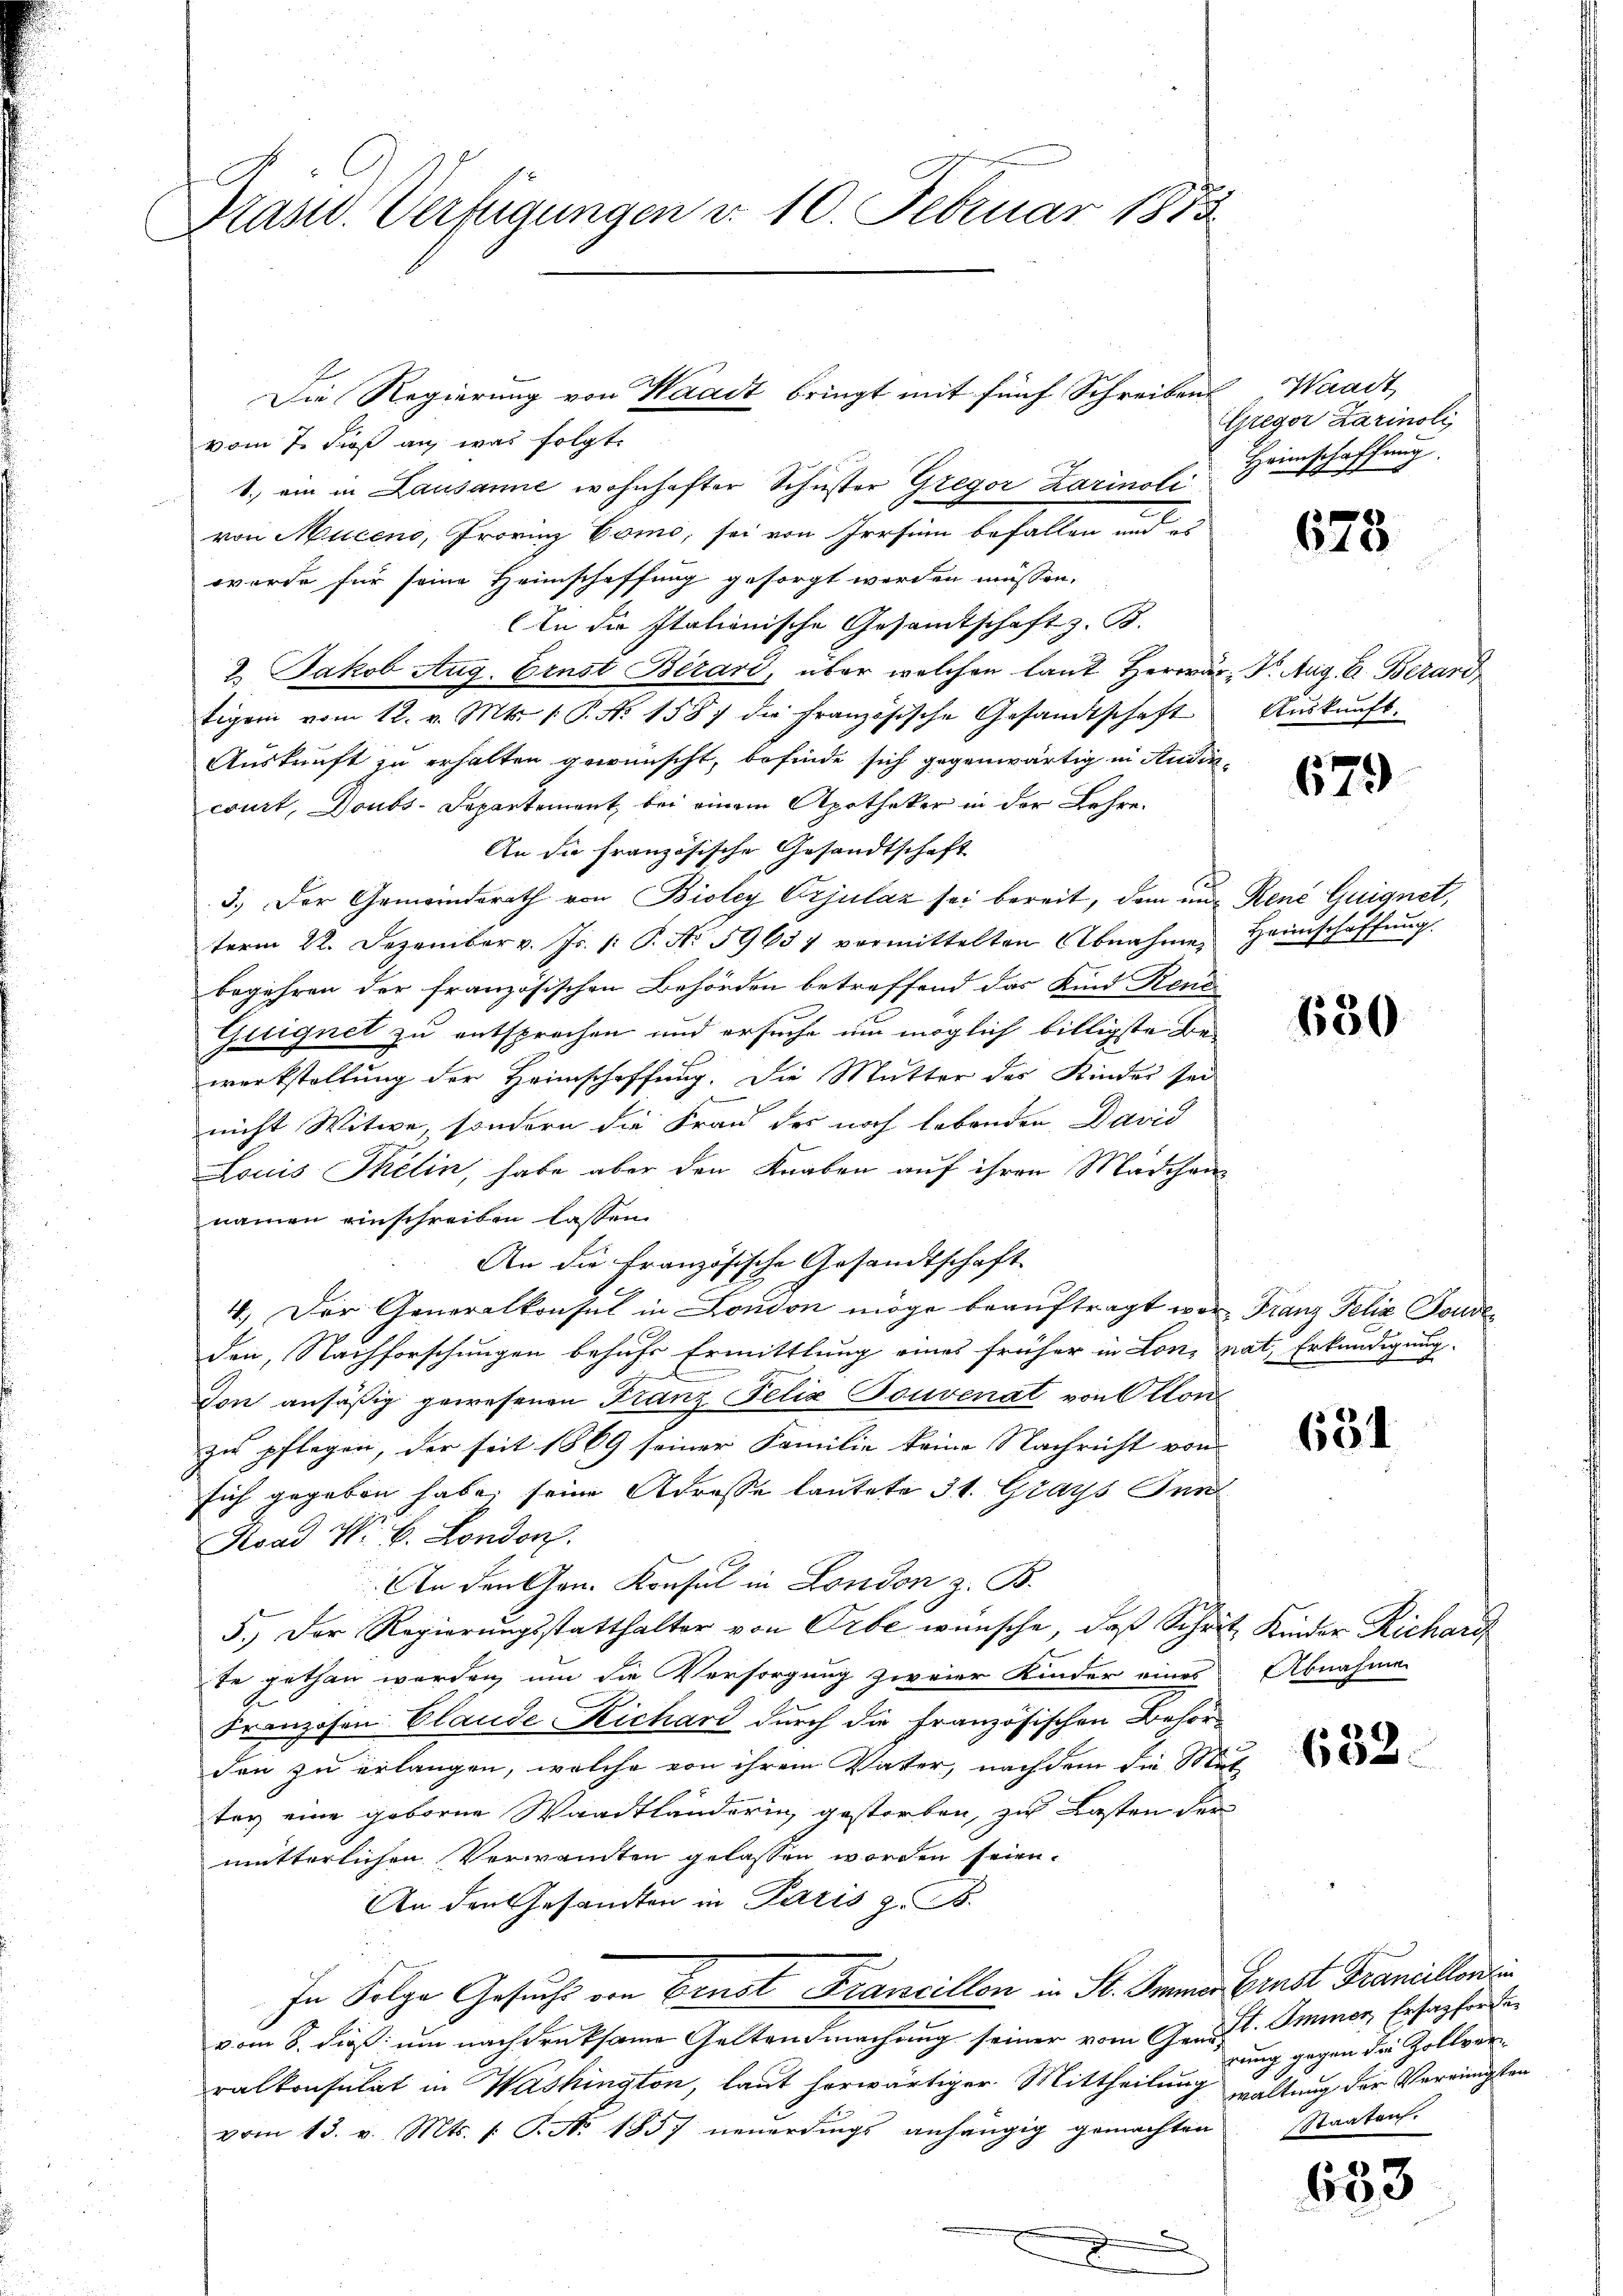
Grand. Verfügungen d. 10. Februar 1883

vom 7. dieß an was folgt
1., ein in Lausanne wohnhafter Schuster Gregor Karinoli Heimschaffung
von Muceno, Provinz Como, sei von Irrsinn befallen und es
werde für seine Heimschaffung gesorgt werden müssen,
In die Italienische Gesamtschaft z. B.
2. Jakob Aug. Ernst Bezard, über welchen laut Herrär: Dr. Aug. E. Berard
tigen vom 12. v. Mts. 1. P. Nr. 1587 die Französische Gesandtschaft
Aŭskŭnft zu erhalten gewünscht, befinde sich gegenwärtig in Audincourt, Doubs-Departement bei einem Apotheker in der Lehre¬
An die Französische Gesandtschaft
3.) Der Gemeinderath von Bioley Vrjulaz sei bereit, dem und René Guignet,
term 22. Dezember v. Js. p. P. N. 59631 vormittelten Abnahme Heimschaffŭng.
begehren der französischen Behörden betreffend das Kind Reno
Gueignet zu entsprechen und ersuche um möglich billigste Bewerkstellung der Heimschaffung. Die Mutter des Kindes sei
nicht Witwe, sondern die Frau der noch lebenden David
Louis Thélin, habe aber den Knaben auf ihren Mädchennamen einschreiben lassen.
An die Französische Gesandtschaft
4. Der Generalkonsul in London möge beauftragt wer Franz Felix Fondeden, Nachforschungen behufs Ermittlung eines früher in Lon, hat, Erkundigung
d
.
don ansäßig gewesenen Franz Felix-Touvenat von Mon
zu pflegen, der seit 1869 seiner Familie keine Nachricht von
sich gegeben habe, seine Adresse lautete 31. Grays Inn
Koad No. 6. London.
u
An den Gen. Konsul in London z. B.
5.) Der Regierungsstatthalter von Orbe wünsche, daß Scheit Kinder Richard
te gethan werden, um die Versorgung zweier Kinder eines
G.
Franzosen Elande Richard durch die Französischen Behörden zu erlangen, welche von ihrem Vater, nachdem die Mut
teg eine geborne Waadtländerin gestorben, zu Lasten der
mutterlichen Verwandten gelassen worden seien.
An den Gesandten in Paris z. B.
In Folge Gesucht von Ernst Francillon in St. Immer Ernst Francilloni
vom 8. dieß um nachdruksame Geltendmachung seiner vom Gen. Immer, Ersazforden
ralkonsulat in Washington, laut herwärtiger Mittheilung waltung der Verringsten
vom 13. v. Mts. 1. P. Nr. 1857 neŭerdings anhängig gemachten

Die Regierung von Waadt bringt mit fünf Schreibens

Waadt,
Gregor Zarinoli,

678

Auskunft.

673

650

634

Abnahme

632.

rung gegen die Zollverc
Staaten.

653